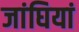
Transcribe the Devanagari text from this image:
जांघियां